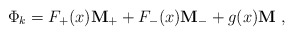
\begin{align*}\Phi_k = F_+ (x) {\bf M_+} + F_- (x) {\bf M_-} + g(x) {\bf M}\ ,\end{align*}